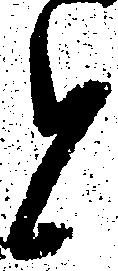
と